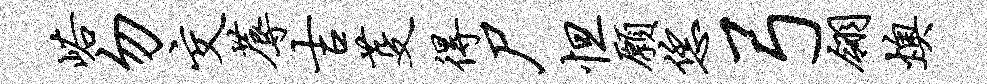
峪勿交蓐吉芟得尸怛愿恁弓翎燠